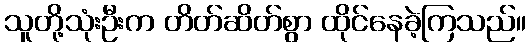
သူတို့သုံးဦးက တိတ်ဆိတ်စွာ ထိုင်နေခဲ့ကြသည်။